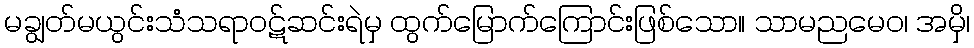
မချွတ်မယွင်းသံသရာဝဋ်ဆင်းရဲမှ ထွက်မြောက်ကြောင်းဖြစ်သော။ သာမညမေဝ၊ အမှိ၊